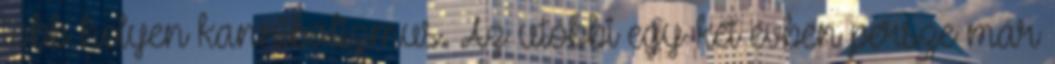
több helyen kannibalizmus. Az utóbbi egy-két évben persze már